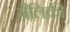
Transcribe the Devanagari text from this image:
गैलिकी